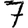
Digit: 7